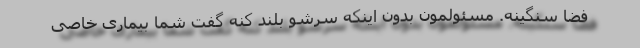
فضا سنگینه. مسئولمون بدون اینکه سرشو بلند کنه گفت شما بیماری خاصی